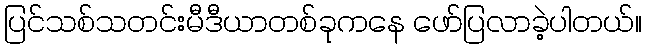
ပြင်သစ်သတင်းမီဒီယာတစ်ခုကနေ ဖော်ပြလာခဲ့ပါတယ်။